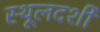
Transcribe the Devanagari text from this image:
स्थूलदर्शी